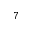
^ { 7 }